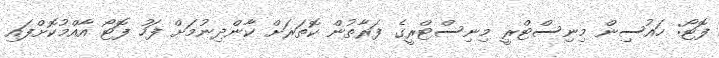
ފޮޓޯ: ހައުސިން މިނިސްޓްރީ މިނިސްޓްރީގެ ފަރާތުން ކޮތަރަށް ކާންދިނުމަށް ފަހު ފޮޓޯ އާއްމުކޮށްފައި